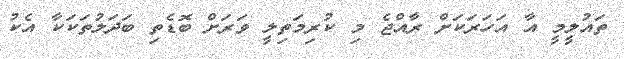
ތައުލީމީ އާ އަހަރަކަށް ރާއްޖެ މި ކުރިމަތިލީ ވަރަށް ބޮޑެތި ބަދަލުތަކަކާ އެކު